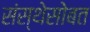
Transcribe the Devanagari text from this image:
संस्थेसोबत